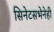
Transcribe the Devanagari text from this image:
सिनेटसभेनेही